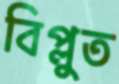
বিপ্লুত